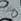
ماذا